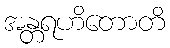
အန္တရဟိတောတိ